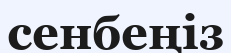
сенбеңіз